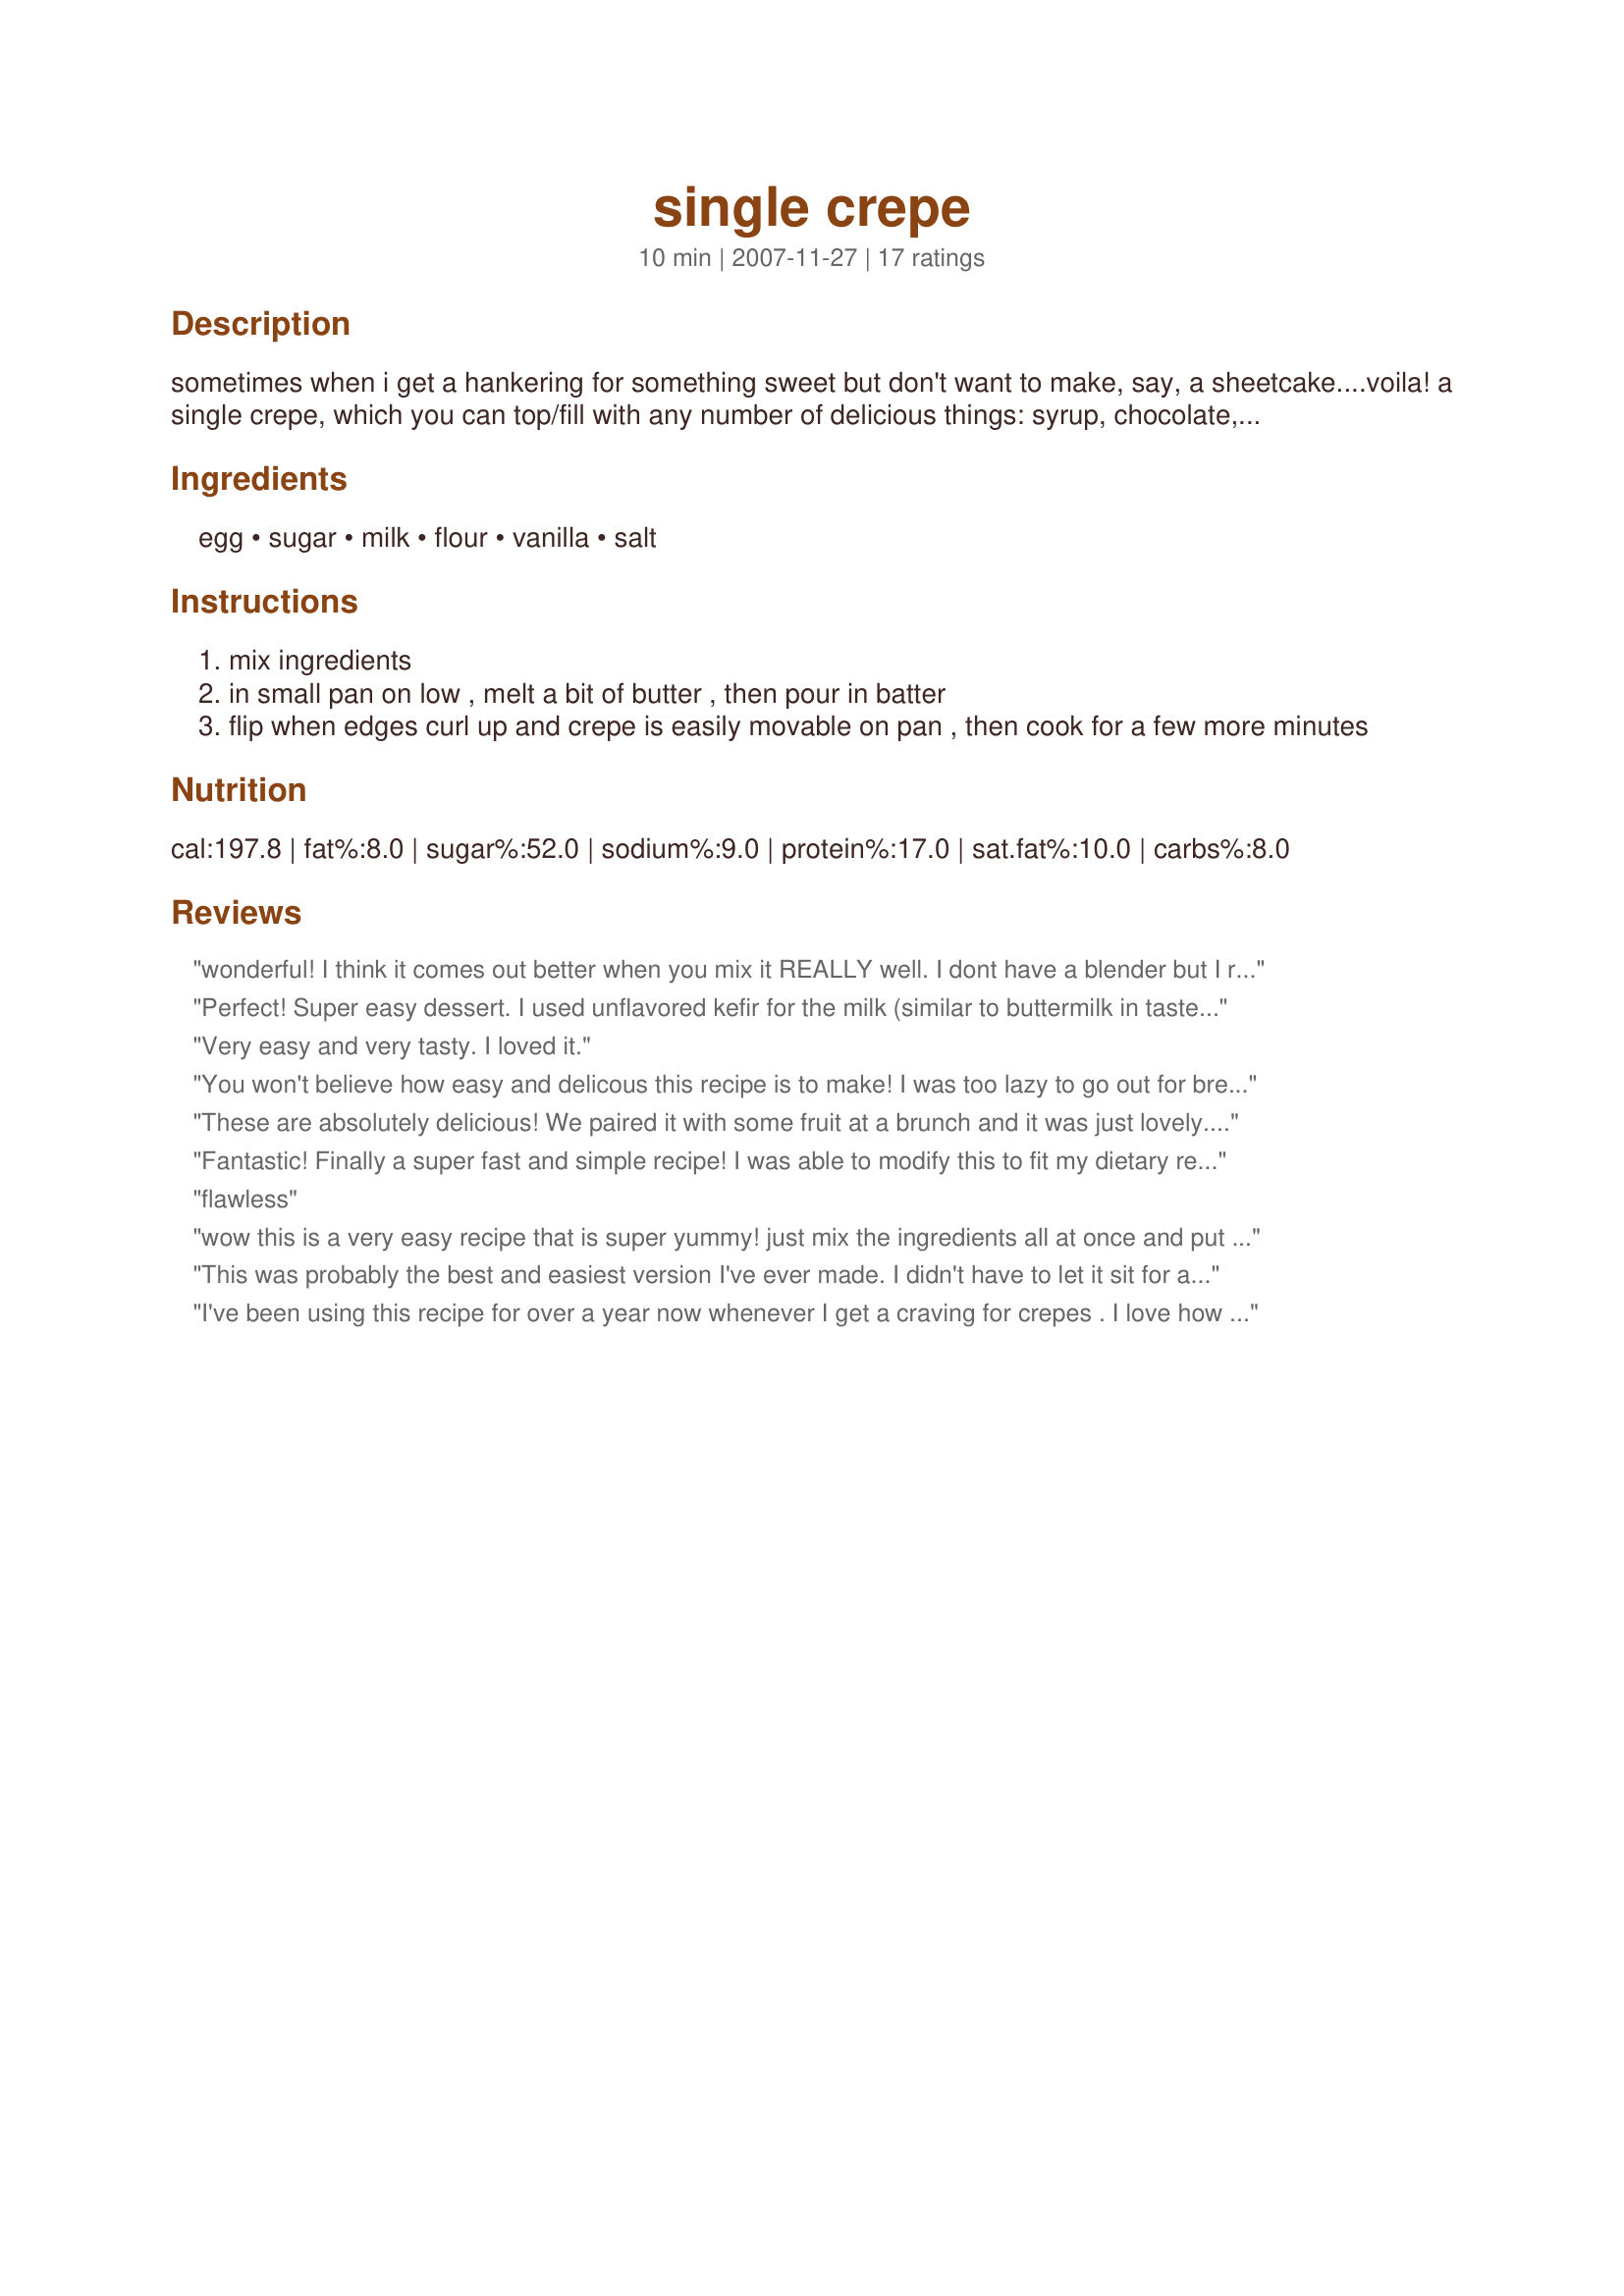
single crepe
Preparation time: 10 minutes

sometimes when i get a hankering for something sweet but don't want to make, say, a sheetcake....voila! a single crepe, which you can top/fill with any number of delicious things: syrup, chocolate, fruit, whipped cream, powdered sugar, etc.

Ingredients:
egg, sugar, milk, flour, vanilla, salt

Steps:
mix ingredients
in small pan on low , melt a bit of butter , then pour in batter
flip when edges curl up and crepe is easily movable on pan , then cook for a few more minutes

Reviews:
wonderful! I think it comes out better when you mix it REALLY well. I dont have a blender but I really whipped it with a fork :)
Perfect! Super easy dessert. I used unflavored kefir for the milk (similar to buttermilk in taste), and I think that made it even better.
Very easy and very tasty. I loved it.
You won't believe how easy and delicous this recipe is to make! I was too lazy to go out for breakfast and cured my craving with this beauty. I ended up making two in one day.
These are absolutely delicious! We paired it with some fruit at a brunch and it was just lovely. Hi-5 to butterscotch girl!
Fantastic! Finally a super fast and simple recipe! I was able to modify this to fit my dietary restrictions using oat flour, almond milk, and coconut sugar, used a tad of coconut oil in the pan, and the result still came out perfect.&lt;br/&gt;&lt;br/&gt;For people who had trouble getting the right consistency, I beat the egg/milk first with the rest of the ingredients, then slowly added flour until I got it just how I wanted it. Pour it in the pan and spread it around super fast because it cooks quick!&lt;br/&gt;&lt;br/&gt;I&#039;m a French girl so I love my crepes and was very pleased with how these came out. I made a savory version last night (instead of sugar I added a bit more salt) filled with greens, sliced turkey, emmental, and tomato bruschetta... and this morning made a sweet version with cinnamon-apple filling. Oh yummm.
flawless
wow this is a very easy recipe that is super yummy! just mix the ingredients all at once and put them on the pan. i loved it and i will mos def make it again. thanks!
This was probably the best and easiest version I've ever made. I didn't have to let it sit for awhile and as follows it was perfect for one crepe. I doubled it and successfully made two. Thanks for sharing...this'll probably be my keeper recipe of all time :)
I've been using this recipe for over a year now whenever I get a craving for crepes . I love how versatile it is , whether im going for something super sweet or something a little more savory.I always get a ton of compliments when I make a double batch for a friend . It's my go to recipe and they come out perfect every time . Absolutely in love .��
I was searching for a crepe recipe without butter, and this one is PERFECT. It's so delicious and simple. I filled it with nutella, raspberry jam, and topped it with some cinnamon -perfect, thanks!
Perfect! I too doubled the recipe with no trouble and they're as good as our IHOP. For an easy filling, I used a Philadelphia cream cheese mini in strawberry flavor and a drizzle of strawberry syrup. So freakin' good!
Pretty darn close to the fabulous crepes I first had at an Orlando IHOP (yes! IHOP!) about 5 years ago when they had the ones from the different countries, each with its own flavor pairing (Swedish-lingonberry, French-orange, German-lemon). Despite numerous return trips to hometown IHOPs in search of "the perfect crepes" I'd had in Orlando, they all came out soggy, limp, brownish and matte (not golden and semiglossy like that first wonderful batch). I'm tempted to march down to the nearest IHOP armed with my single crepe to show them how it's done! I might tweak the recipe some first since these were still a tad too "eggy" and not quite as thin as I'd like. Now if only someone could tell me how to make IHOPs lemon butter (I'm sure it's just butter, powdered sugar and lemon juice - but in what quantities/ratio??).
What a simple little recipe! This turned out pretty great! (Although mine was just a little too thick, because I used a small frying pan and the batter didn't get the chance to spread out enough to achieve that crepe thinness. Next time I will either buy a crepe pan or just use a small flat bottomed saucepan/omelet pan instead. =) My fault, not yours.) I didn't change anything on the recipe and served it with half strawberry syrup and the other rolled with chocolate frosting in the center. Very good! Thank you!
this was extremely easy for those times when you want "a little something"... but i think i had a tad too much flour and mine also did not get quite thin enough. overall though, good flavor. i wish i would had some fruit, but i settled for chocolate syrup and powdered sugar (how can you go wrong with chocolate!) made for pick a chef fall 2008.
This is perfect for just one person. I used Eggbeaters, 3/4 tsp Splenda & oat flour. I added about 1/2 tsp cinnamon & forgot the vanilla! Mine wasn't as thin as in the picture. I tried to make a filling with bananas, but made too much & it didn't work out :-). I am new to crepe making! Next time I will use bananas & just fold it over until they're nice & warm. Thanks for sharing this simple recipe. Update: I replaced a Tbsp of the flour with fat free cottage cheese to reduce the carbs a bit, and it still turned out wonderfully. I kept all the other amounts the same. Turns out delicious!
These were really tasty. I put chocolate chips and sugar. Also in another crepe I used Nutella and man this is GREAT
